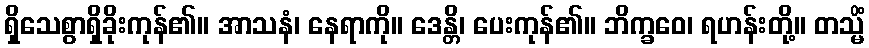
ရှိသေစွာရှိခိုးကုန်၏။ အာသနံ၊ နေရာကို။ ဒေန္တိ၊ ပေးကုန်၏။ ဘိက္ခဝေ၊ ရဟန်းတို့။ တသ္မိံ